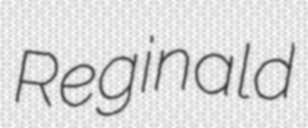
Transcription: Reginald